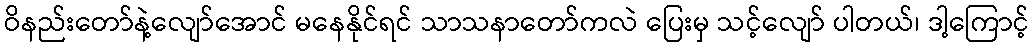
ဝိနည်းတော်နဲ့လျော်အောင် မနေနိုင်ရင် သာသနာတော်ကလဲ ပြေးမှ သင့်လျော် ပါတယ်၊ ဒါ့ကြောင့်